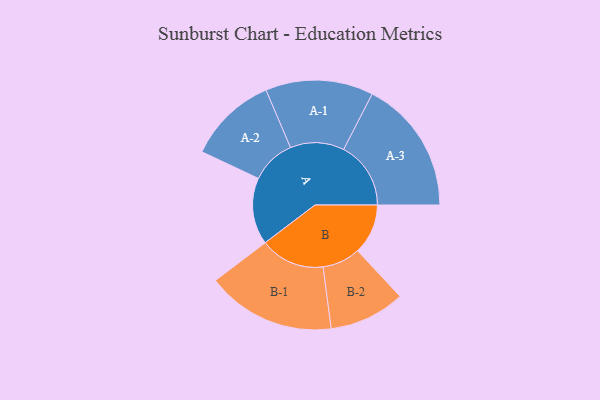
{"axis": {"x": "Segment", "y": "Value"}, "legend": ["", "A", "B"], "data": [{"x": "A", "y": 281, "type": ""}, {"x": "B", "y": 212, "type": ""}, {"x": "A-1", "y": 227, "type": "A"}, {"x": "A-2", "y": 188, "type": "A"}, {"x": "A-3", "y": 283, "type": "A"}, {"x": "B-1", "y": 272, "type": "B"}, {"x": "B-2", "y": 160, "type": "B"}]}